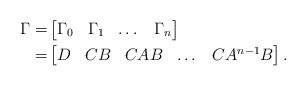
LaTeX: \begin{align*}\Gamma=&\begin{bmatrix}\Gamma_0&\Gamma_1&\dots&\Gamma_n\end{bmatrix}\\=&\begin{bmatrix}D&CB&CAB&\dots&CA^{n-1}B\end{bmatrix}.\end{align*}